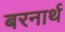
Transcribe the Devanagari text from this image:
बरनार्थ